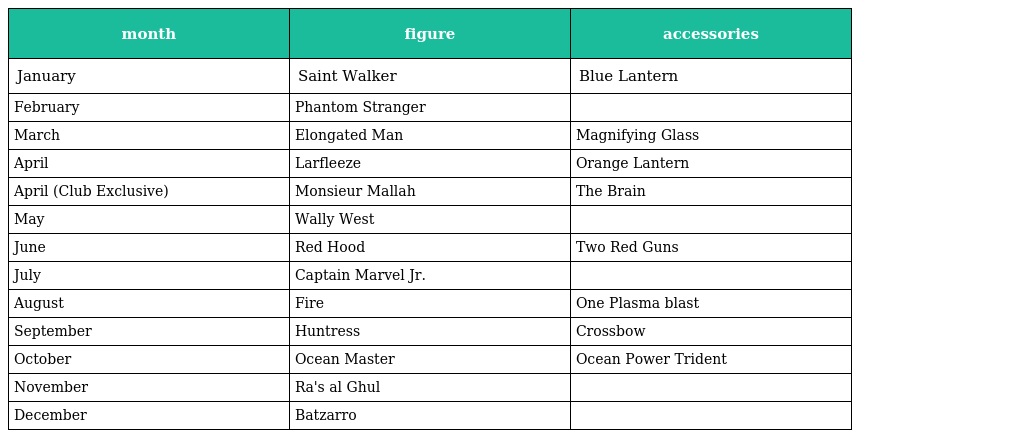
| month | figure | accessories |
 | --- | --- | --- |
 | January | Saint Walker | Blue Lantern |
 | February | Phantom Stranger |  |
 | March | Elongated Man | Magnifying Glass |
 | April | Larfleeze | Orange Lantern |
 | April (Club Exclusive) | Monsieur Mallah | The Brain |
 | May | Wally West |  |
 | June | Red Hood | Two Red Guns |
 | July | Captain Marvel Jr. |  |
 | August | Fire | One Plasma blast |
 | September | Huntress | Crossbow |
 | October | Ocean Master | Ocean Power Trident |
 | November | Ra's al Ghul |  |
 | December | Batzarro |  |